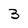
Character: 3